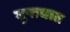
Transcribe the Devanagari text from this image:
गुप्तघात